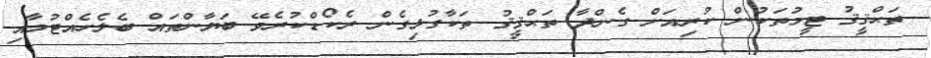
ތަޙްޤީޤު ޓީމުތަކުން ކުރިއަށް ގެންދާ ތަޙްޤީޤު ތަކާގުޅިގެން ރެކޯޑްކުރެވޭ ބަޔާންތައް ބެލެހެއްޓުމާއި